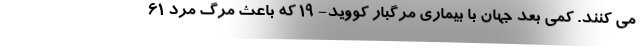
می کنند. کمی بعد جهان با بیماری مرگبار کووید- 19 که باعث مرگ مرد 61